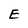
Character: E